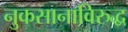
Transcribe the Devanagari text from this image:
नुकसानाविरुद्ध